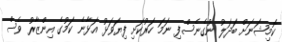
ކޮމިޝަނަށް ބަދަލު ނުގެނެސްފި ނަމަ ހަރުކަށި ފިޔަވަޅު އަޅާނެ ކަމުގެ އިންޒާރު ވެސް